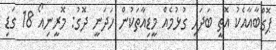
ޕޮގްބާއާއެކު އޮތީ ބަދަހި ގުޅުމެއް މީޑިއާތަކުން ހަދަނީ ދޮގު: މޮރީނިއޯ 18 ގަޑި